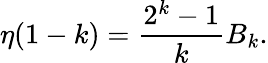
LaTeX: \eta(1-k)={\frac{2^{k}-1}{k}}B_{k}.